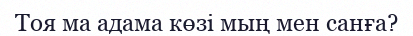
Тоя ма адама көзі мың мен санға?